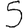
Digit: 5